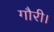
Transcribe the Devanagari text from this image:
गौरी।